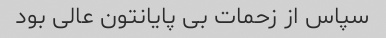
سپاس از زحمات بی پایانتون عالی بود